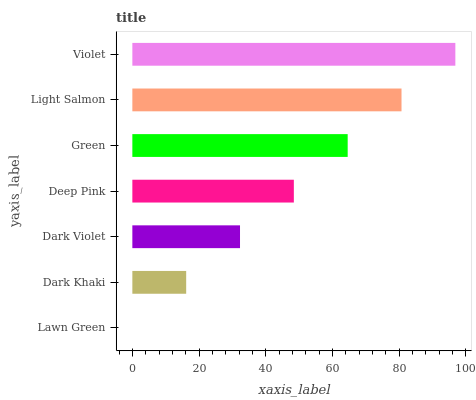
| yaxis_label | bars |
 | --- | --- |
 | Lawn Green | 0 |
 | Dark Khaki | 16.1 |
 | Dark Violet | 32.3 |
 | Deep Pink | 48.4 |
 | Green | 64.6 |
 | Light Salmon | 80.7 |
 | Violet | 96.8 |